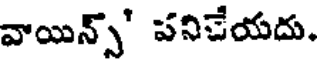
వాయిన్స్' పనిచేయదు.